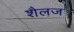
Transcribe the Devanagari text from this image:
शैलज